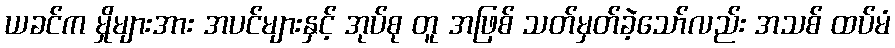
ယခင်က မှိုများအား အပင်များနှင့် အုပ်စု တူ အဖြစ် သတ်မှတ်ခဲ့သော်လည်း အသစ် ထပ်မံ